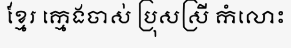
ខ្មែរ ក្មេងចាស់ ប្រុសស្រី កំលោះ